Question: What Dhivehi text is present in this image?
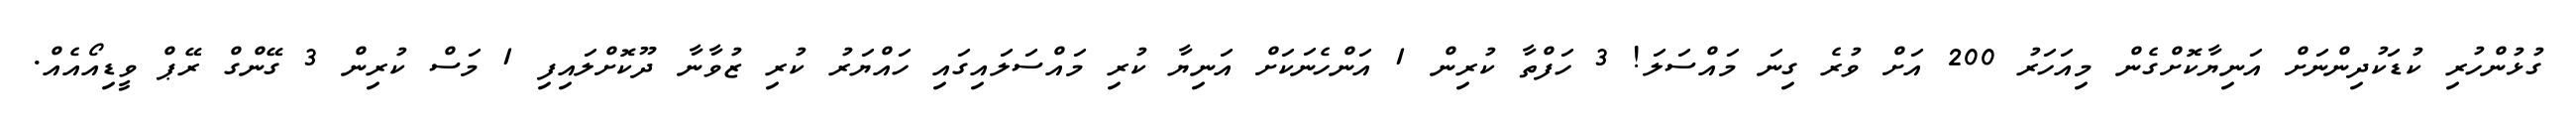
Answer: ގުޅުންހުރި ކުޑަކުދިންނަށް އަނިޔާކޮށްގެން މިއަހަރު 200 އަށް ވުރެ ގިނަ މައްސަލަ! 3 ހަފްތާ ކުރިން 1 އަންހެނަކަށް އަނިޔާ ކުރި މައްސަލައިގައި ހައްޔަރު ކުރި ޒުވާނާ ދޫކޮށްލައިފި 1 މަސް ކުރިން 3 ގޭންގް ރޭޕް ވީޑިއޯއެއް.